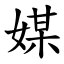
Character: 媒